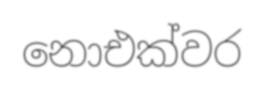
නොඑක්වර